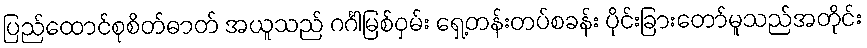
ပြည်ထောင်စုစိတ်ဓာတ် အယူသည် ဂင်္ဂါမြစ်ဝှမ်း ရှေ့တန်းတပ်စခန်း ပိုင်းခြားတော်မူသည်အတိုင်း